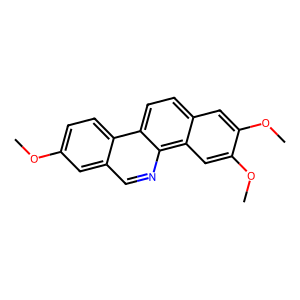
SMILES: COc1ccc2c(cnc3c4cc(OC)c(OC)cc4ccc23)c1
Inhibits HIV replication: No